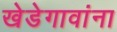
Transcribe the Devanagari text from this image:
खेडेगावांना